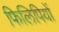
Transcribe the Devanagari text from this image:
फिलिपियों